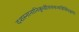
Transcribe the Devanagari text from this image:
दशस्नानानिकुर्वीततत्तन्मंत्रैर्विचक्षणः